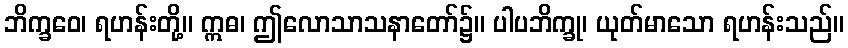
ဘိက္ခဝေ၊ ရဟန်းတို့။ ဣဓ၊ ဤလောသာသနာတော်၌။ ပါပဘိက္ခု၊ ယုတ်မာသော ရဟန်းသည်။